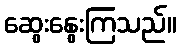
ဆွေးနွေးကြသည်။